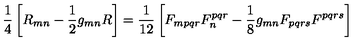
\frac { 1 } { 4 } \left[ R _ { m n } - \frac { 1 } { 2 } g _ { m n } R \right] = \frac { 1 } { 1 2 } \left[ F _ { m p q r } F _ { n } ^ { p q r } - \frac { 1 } { 8 } g _ { m n } F _ { p q r s } F ^ { p q r s } \right]